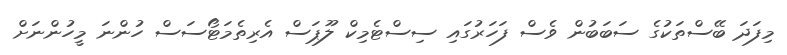
މިފަދަ ބޭސްތަކުގެ ސަބަބުން ވެސް ފަހަރުގައި ސިސްޓެމިކް ލޫޕަސް އެރިތެމަޓޯސަސް ހުންނަ މީހުންނަށް